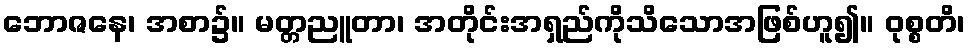
ဘောဇနေ၊ အစာ၌။ မတ္တညူတာ၊ အတိုင်းအရှည်ကိုသိသောအဖြစ်ဟူ၍။ ဝုစ္စတိ၊